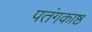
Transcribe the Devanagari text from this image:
पतंगकाष्ठ